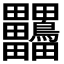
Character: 𪉀